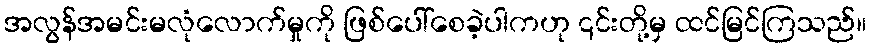
အလွန်အမင်းမလုံလောက်မှုကို ဖြစ်ပေါ်စေခဲ့ပါကဟု ၎င်းတို့မှ ထင်မြင်ကြသည်။